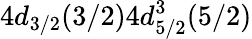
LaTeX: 4d_{3/2}(3/2)4d_{5/2}^{3}(5/2)